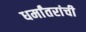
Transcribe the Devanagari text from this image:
धर्मांतरांची